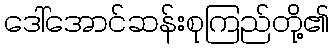
ဒေါ်အောင်ဆန်းစုကြည်တို့၏